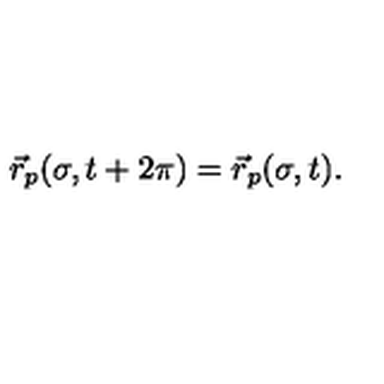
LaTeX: \vec { r } _ { p } ( \sigma , t + 2 \pi ) = \vec { r } _ { p } ( \sigma , t ) .